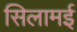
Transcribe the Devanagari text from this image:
सिलामई